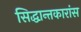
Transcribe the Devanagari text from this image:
सिद्धान्तकारांस